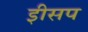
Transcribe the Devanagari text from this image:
इीसप